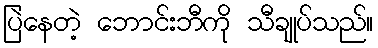
ပြဲနေတဲ့ ဘောင်းဘီကို သီချုပ်သည်။